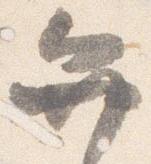
弁